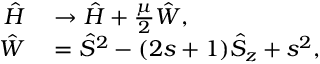
\begin{array} { r l } { \hat { H } } & { { } \to \hat { H } + \frac { \mu } { 2 } \hat { W } , } \\ { \hat { W } } & { { } = \hat { S } ^ { 2 } - ( 2 s + 1 ) \hat { S } _ { z } + s ^ { 2 } , } \end{array}